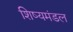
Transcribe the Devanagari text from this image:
शिष्यमंडल